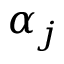
\alpha _ { j }